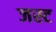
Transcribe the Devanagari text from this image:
जस्‍ट